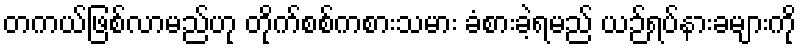
တကယ်ဖြစ်လာမည်ဟု တိုက်စစ်ကစားသမား ခံစားခဲ့ရမည် ယဉ်ရပ်နားခများကို